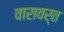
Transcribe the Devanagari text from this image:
वारावर्त